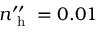
n _ { \mathrm { ~ h ~ } } ^ { \prime \prime } = 0 . 0 1